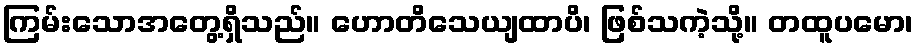
ကြမ်းသောအတွေ့ရှိသည်။ ဟောတိသေယျထာပိ၊ ဖြစ်သကဲ့သို့။ တထူပမော၊